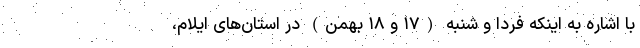
با اشاره به اینکه فردا و شنبه (۱۷ و ۱۸ بهمن) در استان‌های ایلام،